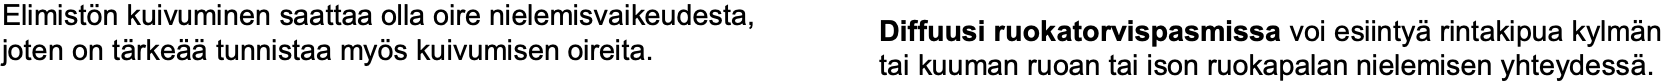
Elimistön kuivuminen saattaa olla oire nielemisvaikeudesta, Diffuusi ruokatorvispasmissa voi esiintyärintakipua kylmän joten on tärkeäätunnistaa myös kuivumisen oireita. tai kuuman ruoan tai ison ruokapalan nielemisen yhteydessä.